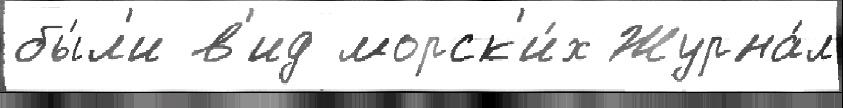
бы́л'и в'ид морск'и́х Журна́л